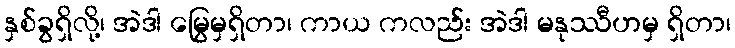
နှစ်ခွရှိလို့၊ အဲဒါ မြွေမှရှိတာ၊ ကာယ ကလည်း အဲဒါ မနုဿီဟမှ ရှိတာ၊